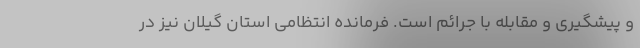
و پیشگیری و مقابله با جرائم است. فرمانده انتظامی استان گیلان نیز در